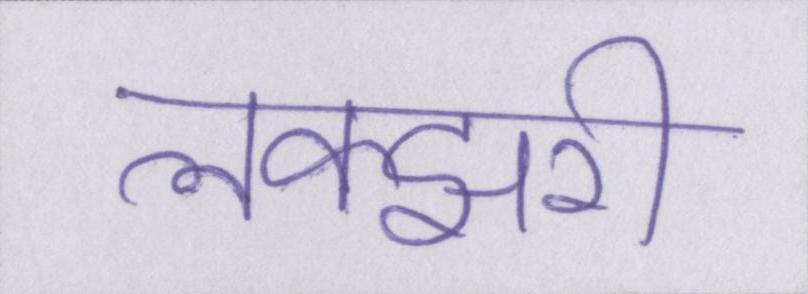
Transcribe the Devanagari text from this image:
लक्झरी